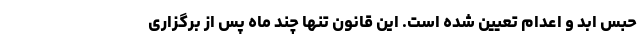
حبس ابد و اعدام تعیین شده است. این قانون تنها چند ماه پس از برگزاری